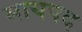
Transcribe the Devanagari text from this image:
मायपद